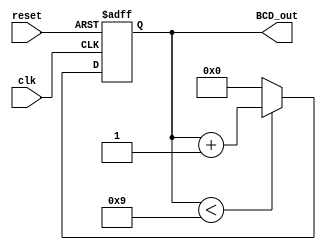
module BCD_Counter (
    input wire clk,              // Clock signal
    input wire reset,            // Asynchronous reset signal
    output reg [3:0] BCD_out     // 4-bit output for BCD representation
);

// Internal register to hold the current count value
reg [3:0] count;

always @(posedge clk or posedge reset) begin
    if (reset) begin
        // Asynchronous reset: set count to 0
        count <= 4'b0000;
    end else begin
        // Counting mechanism
        if (count < 4'b1001) begin
            count <= count + 1;   // Increment count
        end else begin
            count <= 4'b0000;      // Reset count to 0 if it equals 9
        end
    end
end

// Continuous assignment to output the current count in BCD format
always @(*) begin
    BCD_out = count;             // Output current count
end

endmodule